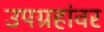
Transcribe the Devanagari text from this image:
उपग्रहांवर